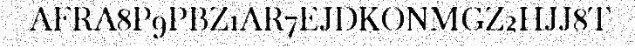
AFRA8P9PBZ1AR7EJDKONMGZ2HJJ8T